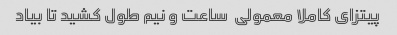
پیتزای کاملا معمولی  ساعت و نیم طول کشید تا بیاد